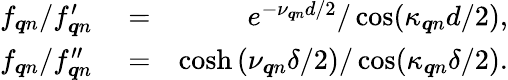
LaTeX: \begin{array}{rlr}{f_{\boldsymbol{q}n}/f_{\boldsymbol{q}n}^{\prime}}&{{}=}&{e^{-\nu_{\boldsymbol{q}n}d/2}/\cos(\kappa_{\boldsymbol{q}n}d/2),}\\ {f_{\boldsymbol{q}n}/f_{\boldsymbol{q}n}^{\prime\prime}}&{{}=}&{\cosh\left(\nu_{\boldsymbol{q}n}\delta/2\right)/\cos(\kappa_{\boldsymbol{q}n}\delta/2).}\end{array}